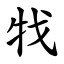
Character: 牫